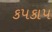
કપકાપ